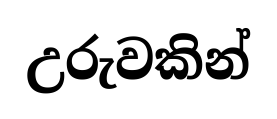
උරුවකින්